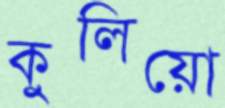
কুলিয়ো